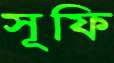
সূফি